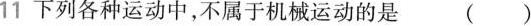
11下列各种运动中，不属于机械运动的是 ( )